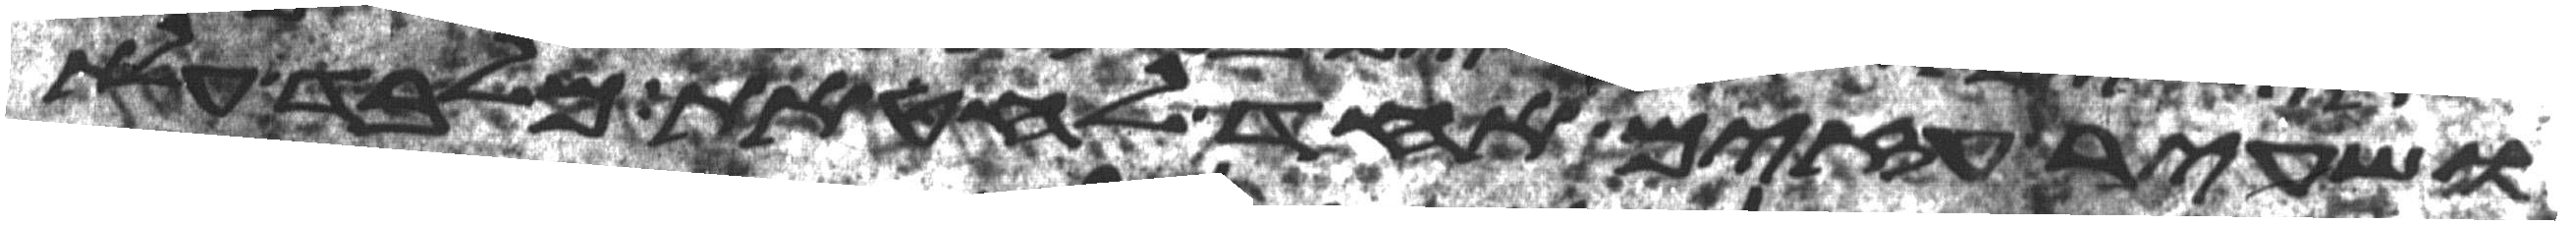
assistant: ושעיר עזים אחד לחטאת מלבד עלת